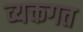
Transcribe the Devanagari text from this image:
व्यक्तगत